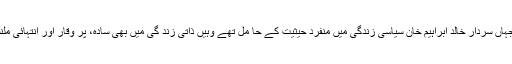
بہر کیف جہاں سردار خالد ابراہیم خان سیاسی زندگی میں منفرد حیثیت کے حا مل تھے وہیں ذاتی زند گی میں بھی سادہ، پر وقار اور انتہائی ملنسار تھے۔